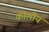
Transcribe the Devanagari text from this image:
कोलीय